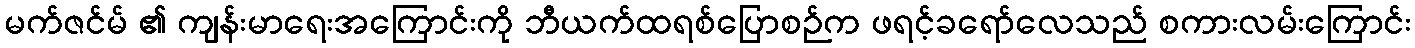
မက်ဇင်မ် ၏ ကျန်းမာရေးအကြောင်းကို ဘီယက်ထရစ်ပြောစဉ်က ဖရင့်ခရော်လေသည် စကားလမ်းကြောင်း